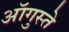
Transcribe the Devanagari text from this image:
ऑगुस्ते